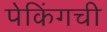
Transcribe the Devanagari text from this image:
पेकिंगची